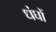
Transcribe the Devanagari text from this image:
धंघों